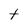
Character: t